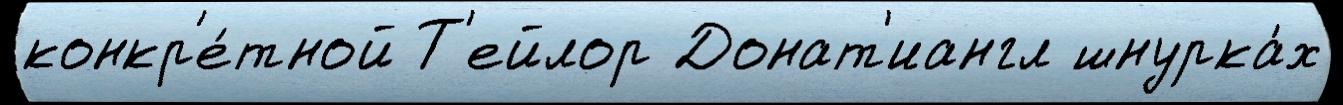
конкр'е́тной Т'ейлор Донат'иангл шнурка́х